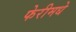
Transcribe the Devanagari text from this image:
फेरीमधे